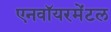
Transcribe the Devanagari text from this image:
एनवॉयरमेंटल